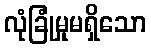
လုံခြုံမှုမရှိသော